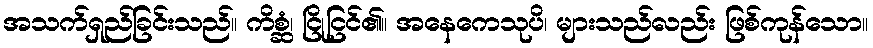
အသက်ရှည်ခြင်းသည်။ ကိစ္ဆံ၊ ငြိုငြင်၏။ အနေကေသုပိ၊ များသည်လည်း ဖြစ်ကုန်သော။